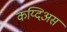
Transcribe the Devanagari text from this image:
कय्दिअस